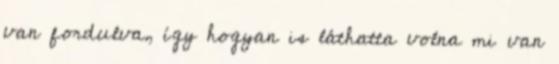
van fordulva, így hogyan is láthatta volna mi van